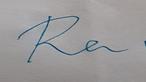
Signature authenticity: forged